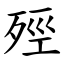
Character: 殌